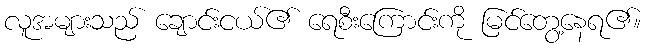
လူအများသည် ချောင်းငယ်၏ ရေစီးကြောင်းကို မြင်တွေ့နေရ၏။